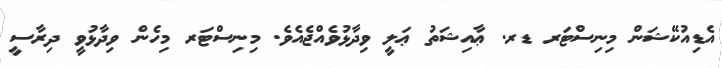
އެޑިއުކޭޝަން މިނިސްޓަރ ޑރ. ޢާއިޝަތު ޢަލީ ވިދާޅުވެއްޖެއެވެ. މިނިސްޓަރ މިހެން ވިދާޅުވީ ދިރާސީ